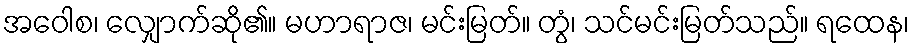
အဝေါစ၊ လျှောက်ဆို၏။ မဟာရာဇ၊ မင်းမြတ်။ တွံ၊ သင်မင်းမြတ်သည်။ ရထေန၊